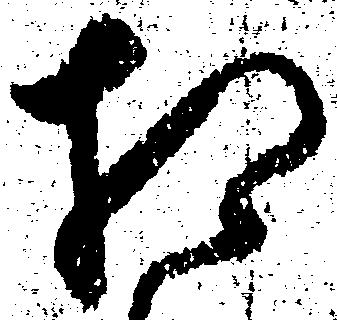
相